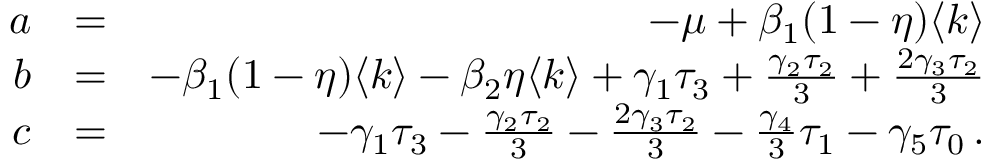
\begin{array} { r l r } { a } & { = } & { - \mu + \beta _ { 1 } ( 1 - \eta ) \langle k \rangle } \\ { b } & { = } & { - \beta _ { 1 } ( 1 - \eta ) \langle k \rangle - \beta _ { 2 } \eta \langle k \rangle + \gamma _ { 1 } \tau _ { 3 } + \frac { \gamma _ { 2 } \tau _ { 2 } } { 3 } + \frac { 2 \gamma _ { 3 } \tau _ { 2 } } { 3 } } \\ { c } & { = } & { - \gamma _ { 1 } \tau _ { 3 } - \frac { \gamma _ { 2 } \tau _ { 2 } } { 3 } - \frac { 2 \gamma _ { 3 } \tau _ { 2 } } { 3 } - \frac { \gamma _ { 4 } } { 3 } \tau _ { 1 } - \gamma _ { 5 } \tau _ { 0 } \, . } \end{array}